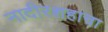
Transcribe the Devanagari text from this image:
नादीरशहाचा